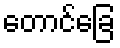
တောင်ခြေ